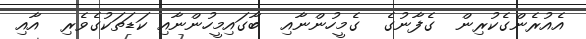
އެއުރެންގެކުރިން  ގެފާނުގެ  ގެމީހުންނާއި  ބާގައިމީހުންނާއި ކަޑަތަކުގެވެރި  އާއި